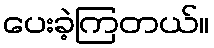
ပေးခဲ့ကြတယ်။